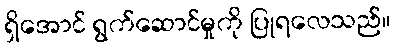
ရှိအောင် ရွက်ဆောင်မှုကို ပြုရလေသည်။